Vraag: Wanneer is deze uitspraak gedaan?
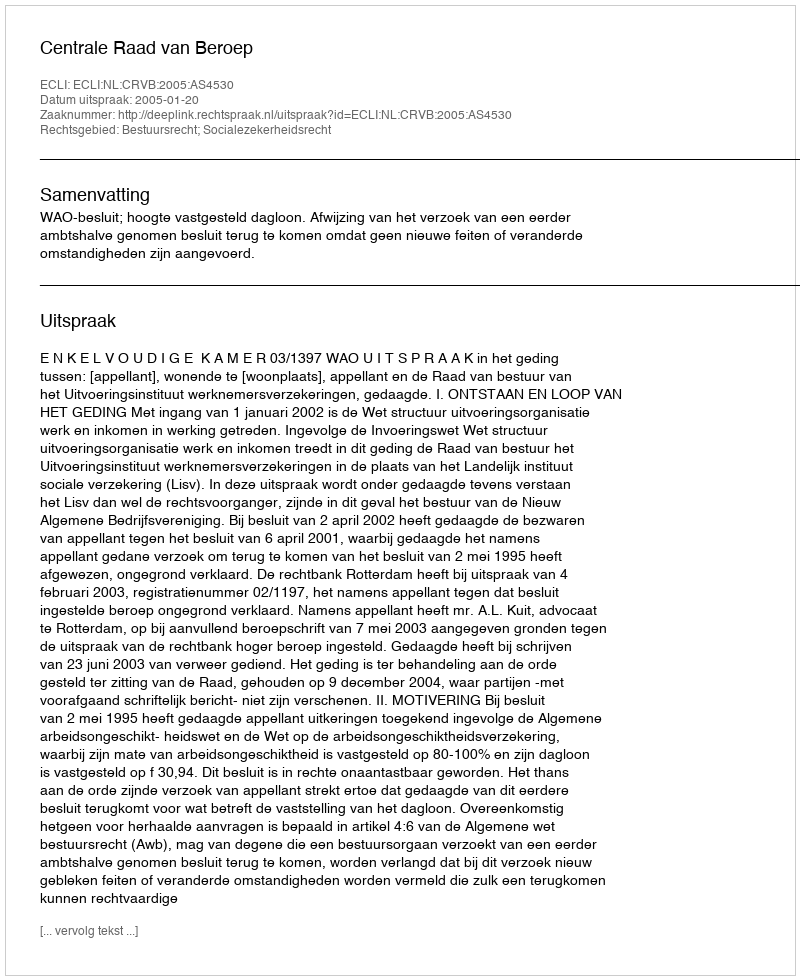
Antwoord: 2005-01-20